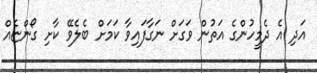
އަދި އެ ދެމީހުންގެ އަތުން ވަގަށް ނަގާފައިވާ ކަމަށް ބެލެވޭ ކާށި ގޯންޏެއް